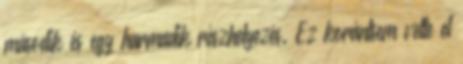
második és egy harmadik részhelyezés. Ez korántsem vette el